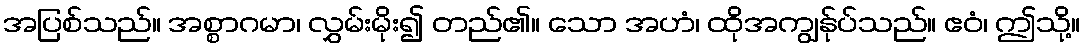
အပြစ်သည်။ အစ္စာဂမာ၊ လွှမ်းမိုး၍ တည်၏။ သော အဟံ၊ ထိုအကျွန်ုပ်သည်။ ဧဝံ၊ ဤသို့။